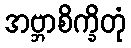
အဗ္ဘာစိက္ခိတုံ